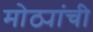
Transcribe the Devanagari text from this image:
मोठ्यांची